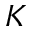
K